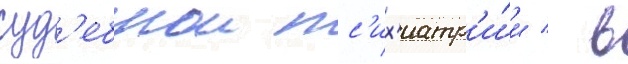
суд'ебнои пс'их'иатр'и́и / в